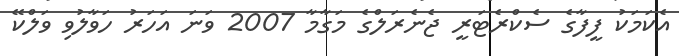
އެކަމަކު ފީފާގެ ސެކްރެޓަރީ ޖެނެރަލްގެ މަގާމާ 2007 ވަނަ އަހަރު ހަވާލުވި ވަލްކޭ